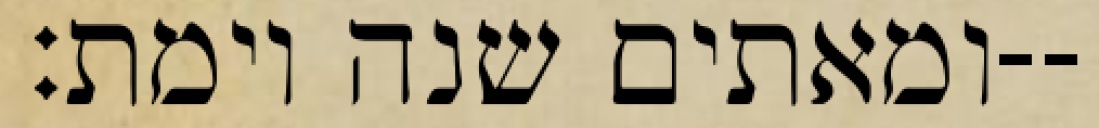
ומאתים שנה וימת׃--